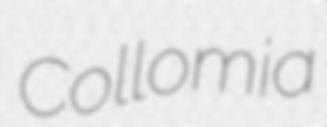
Collomia